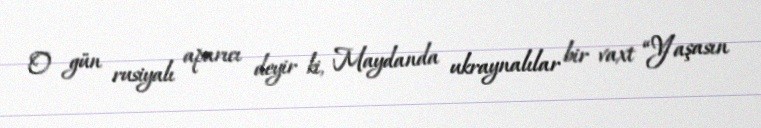
O gün rusiyalı aparıcı deyir ki, Maydanda ukraynalılar bir vaxt “Yaşasın